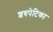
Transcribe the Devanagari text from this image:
शवपेटिका